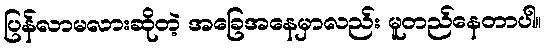
ပြန်လာမလားဆိုတဲ့ အခြေအနေမှာလည်း မူတည်နေတာပါ။